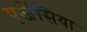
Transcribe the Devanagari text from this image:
एजेंसिया